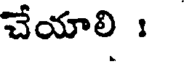
చేయాలి :